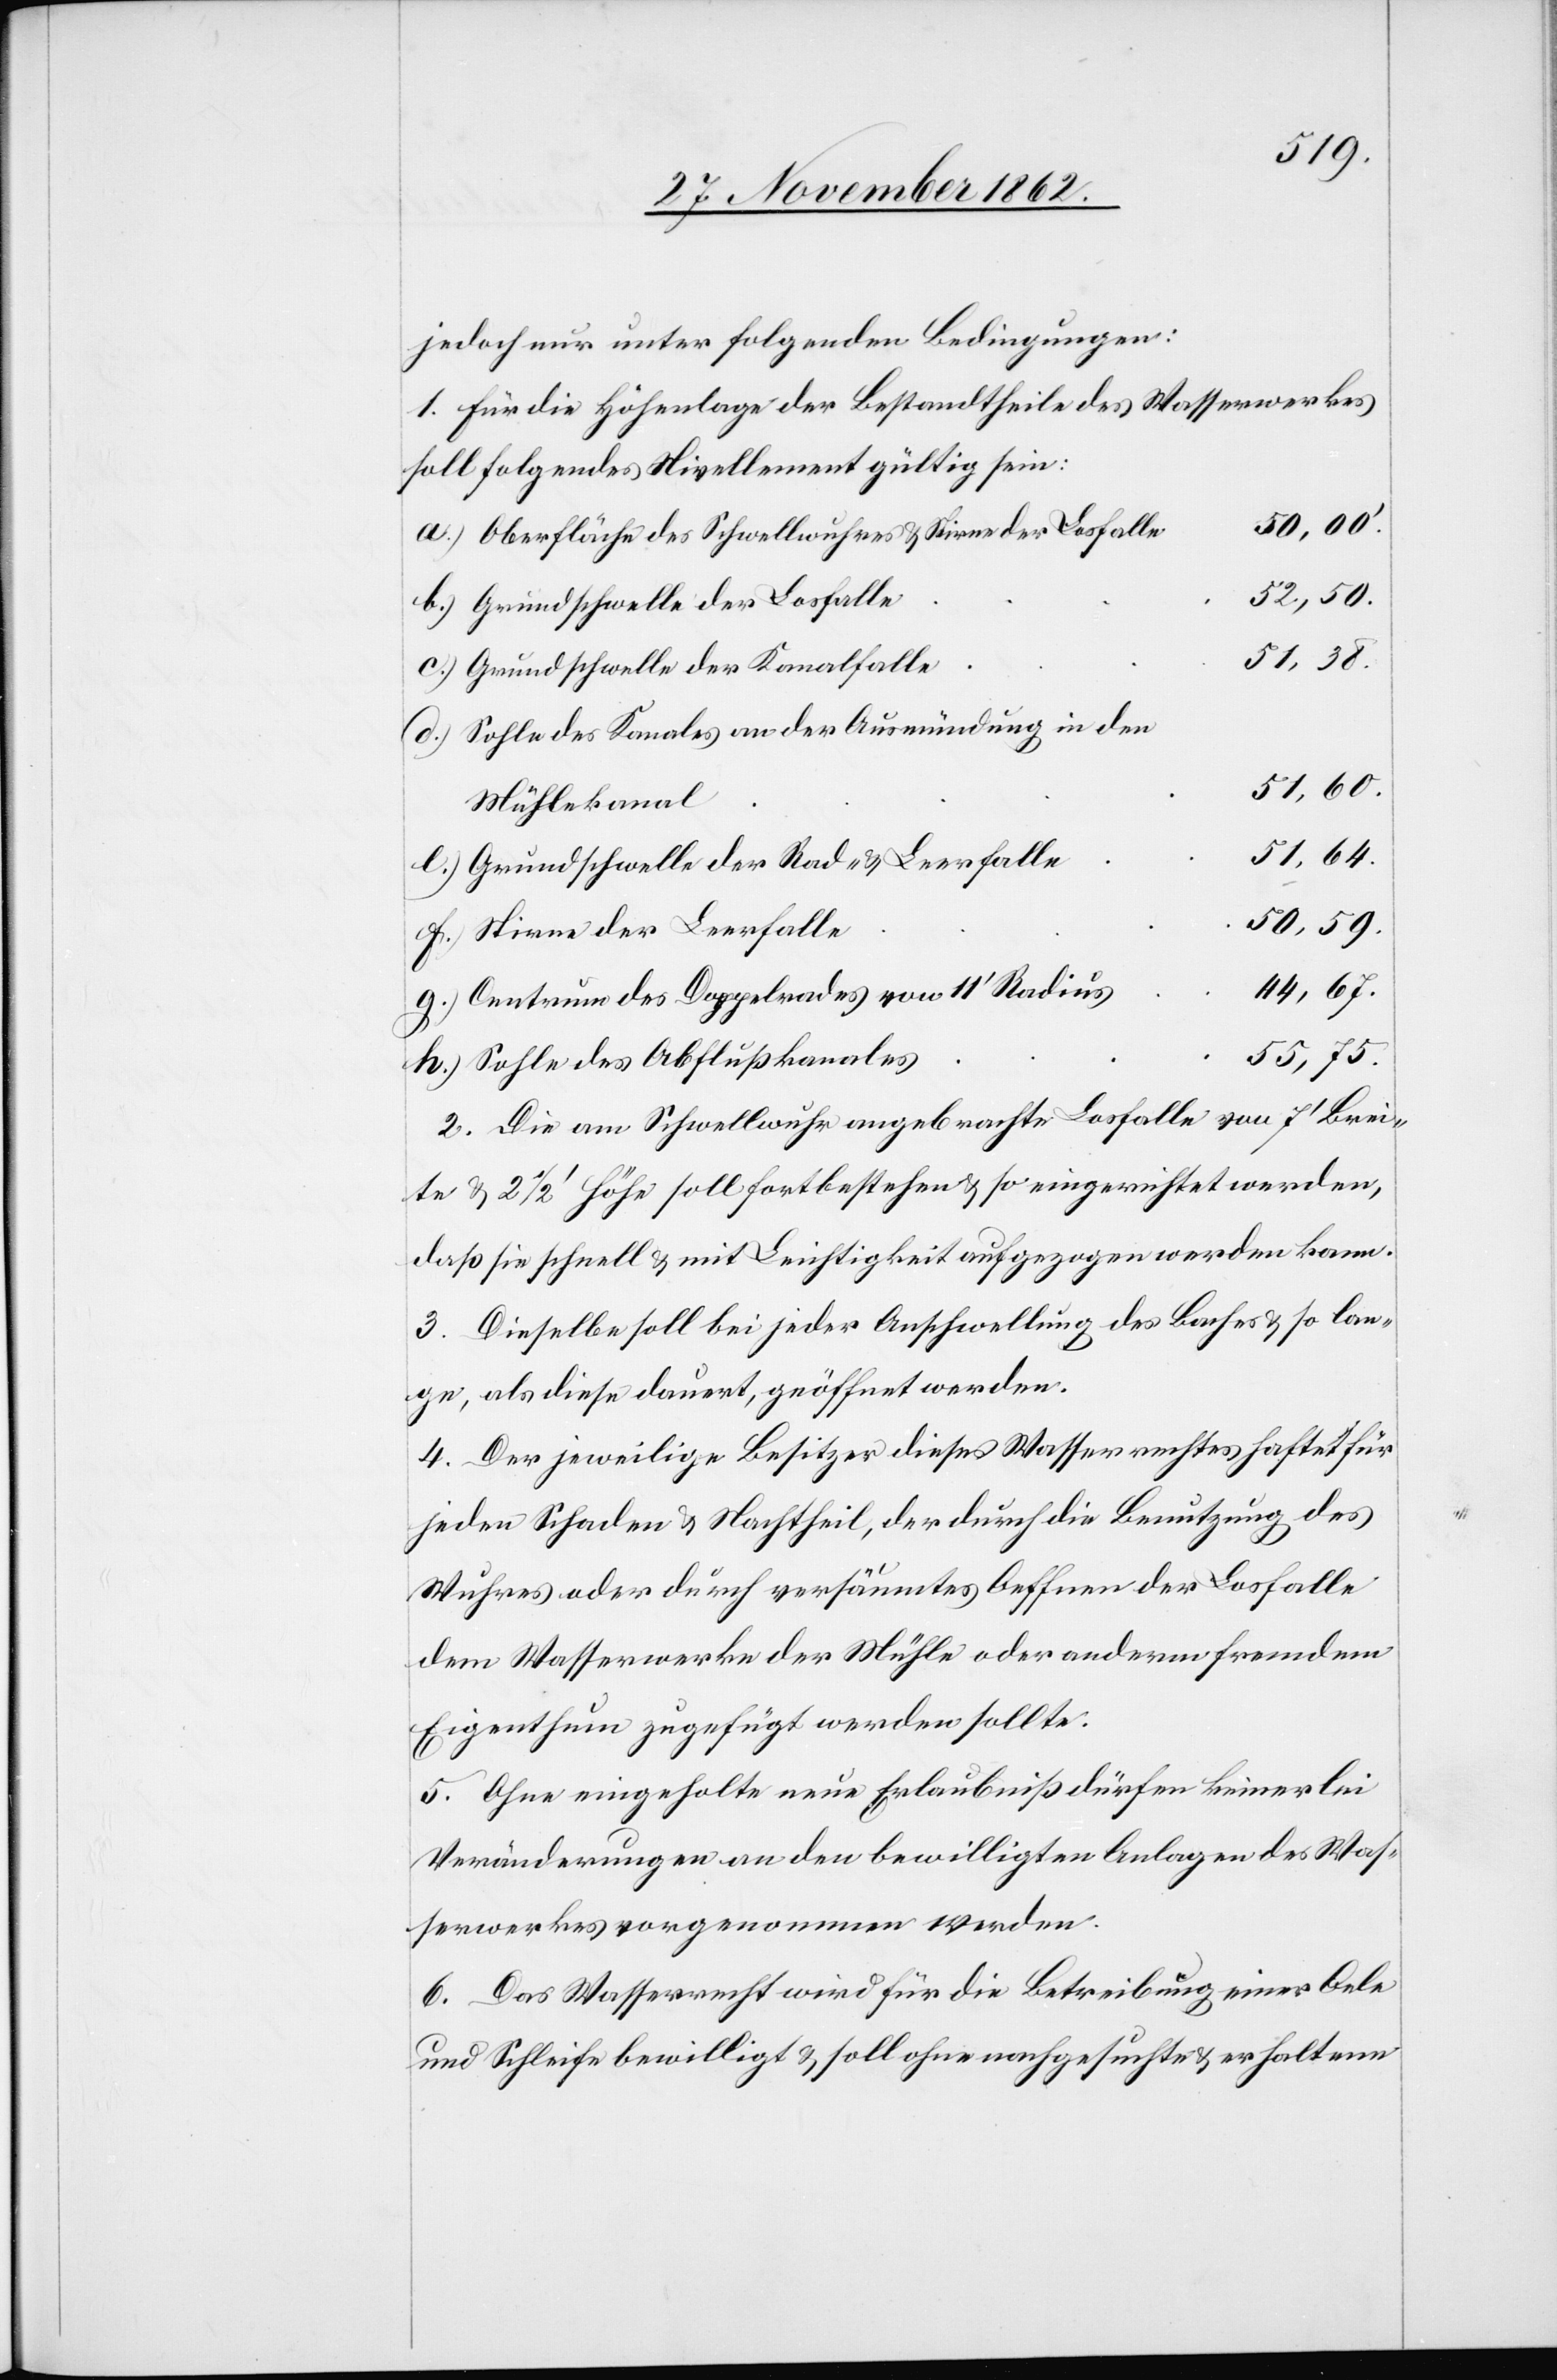
jedoch nur unter folgenden Bedingungen:
1. Für die Höhenlage der Bestandtheile des Wasserwerkes
soll folgendes Nivellement gültig sein:
50,00
Oberfläche des Schwellwuhres u. Stirne der Losfalle
Grundschwelle der Losfalle
51,38
Grundschwelle der Kanalfalle
Sohle des Kanales an der Ausmündung in den
51,64
Mühlekanal
Grundschwelle der Rad- u. Leerfalle
50,59
Stirne der Leerfalle
44,67
Centrum des Doppelrades von 11’ Radius
55,75
Sohle des Abflußkanales
2. Die am Schwellwuhr angebrachte Losfalle von 7’ Brei¬
te u. 2 1/2’ Höhe soll fortbestehen u. so eingerichtet werden,
daß sie schnell u. mit Leichtigkeit aufgezogen werden kann.
3. Dieselbe soll bei jeder Anschwellung des Baches u. so lan¬
ge, als diese dauert, geöffnet werden.
4. Der jeweilige Besitzer dieses Wasserrechtes haftet für
jeden Schaden u. Nachtheil, der durch die Benutzung des
Wuhres oder durch versäumtes Oeffnen der Losfalle
dem Wasserwerke der Mühle oder anderm fremdem
Eigenthum zugefügt werden sollte.
5. Ohne eingeholte neue Erlaubniß dürfen keinerlei
Veränderungen an den bewilligten Anlagen des Was¬
serwerkes vorgenommen werden.
6. Das Wasserrecht wird für die Betreibung einer Oele
und Schleife bewilligt u. soll ohne nachgesuchte u. erhaltene